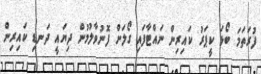
ފުރަތަމަ ބޯޅަ ކީޕަރު ކައިރިން ނައްޓާފައި ގޯލަށް ފޮނުވާލުމުން ދިޔައީ ދަނޑި ކައިރިން